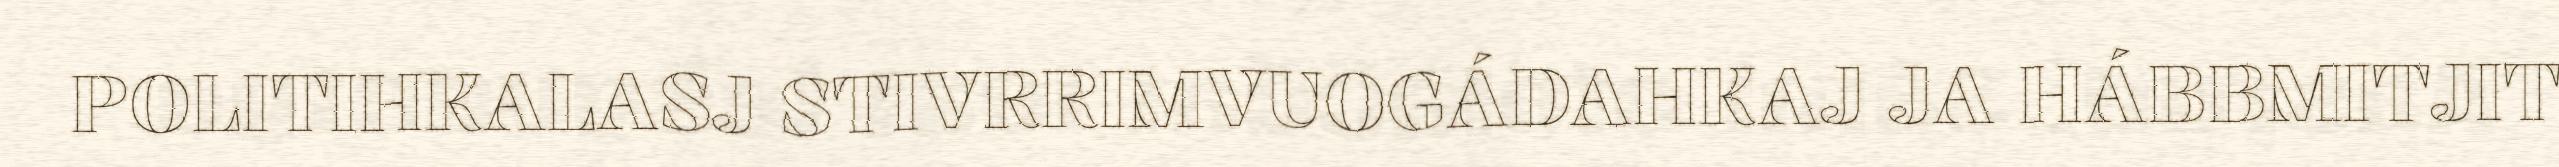
POLITIHKALASJ STIVRRIMVUOGÁDAHKAJ JA HÁBBMITJIT